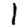
Digit: 1